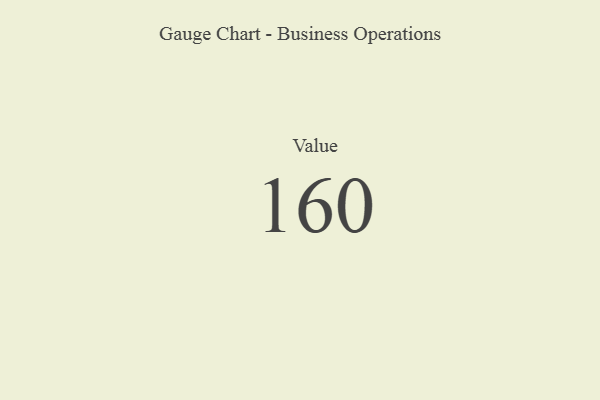
{"axis": {"x": "Metric", "y": "Value"}, "legend": [""], "data": [{"x": "Value", "y": 160, "type": ""}]}